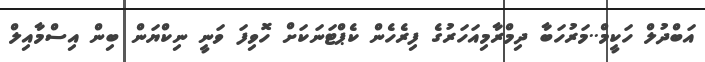
އަބްދުލް ހަކީމް..މަރުހަބާ ދިމްރާމިއަހަރުގެ ފިރެހެން ކެޕްޓަނަކަށް ހޮވިފަ ވަނީ ނިކްޔަން ބިން އިސްމާއިލް